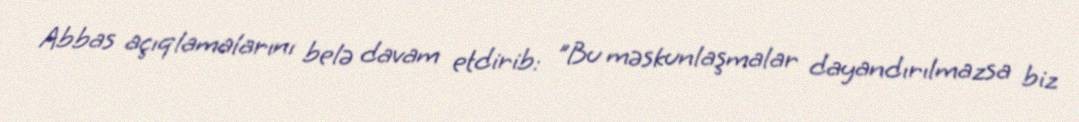
Abbas açıqlamalarını belə davam etdirib: "Bu məskunlaşmalar dayandırılmazsa biz